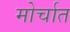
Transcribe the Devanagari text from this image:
मोर्चात